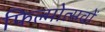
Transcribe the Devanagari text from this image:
फिल्मोत्सवों